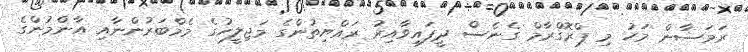
ރަމަޟާން މަހު މި ޕްރޮގްރާމް ގެނެސް ދީފައިވާއިރު ރައްޔިތުންގެ މަޖިލީހުގެ މެމްބަރުންނާއި އާންމުންގެ